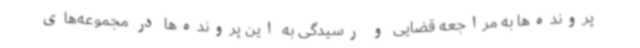
پرونده‌ها به مراجعه قضایی و رسیدگی به این پرونده‌ها در مجموعه‌های